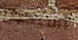
أسيكون